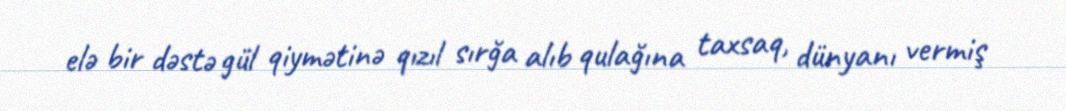
elə bir dəstə gül qiymətinə qızıl sırğa alıb qulağına taxsaq, dünyanı vermiş